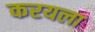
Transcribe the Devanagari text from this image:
करयला